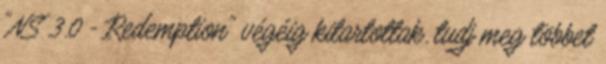
"NS 3.0 - Redemption" végéig kitartottak. tudj meg többet